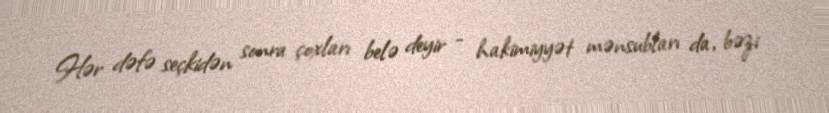
Hər dəfə seçkidən sonra çoxları belə deyir - hakimiyyət mənsubları da, bəzi